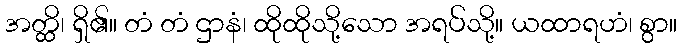
အတ္ထိ၊ ရှိ၏။ တံ တံ ဌာနံ၊ ထိုထိုသို့သော အရပ်သို့။ ယထာရဟံ၊ စွာ။